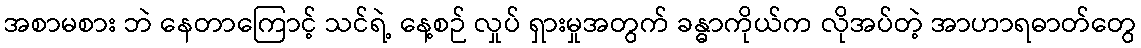
အစာမစား ဘဲ နေတာကြောင့် သင်ရဲ့ နေ့စဉ် လှုပ် ရှားမှုအတွက် ခန္ဓာကိုယ်က လိုအပ်တဲ့ အာဟာရဓာတ်တွေ